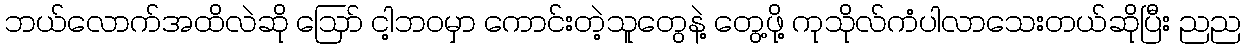
ဘယ်လောက်အထိလဲဆို ဪ ငါ့ဘဝမှာ ကောင်းတဲ့သူတွေနဲ့ တွေ့ဖို့ ကုသိုလ်ကံပါလာသေးတယ်ဆိုပြီး ညည